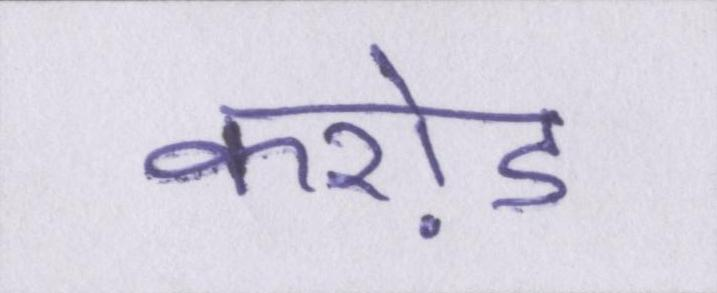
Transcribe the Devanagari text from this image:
करो़ड